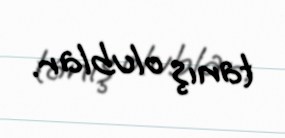
tanış olublar.